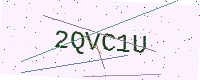
Text: 2QVC1U